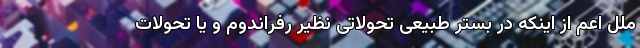
ملل اعمّ از اینکه در بستر طبیعی تحولاتی نظیر رفراندوم و یا تحولات